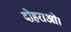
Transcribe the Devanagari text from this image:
दोहराओ।